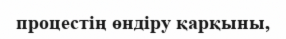
процестің өндіру қарқыны,